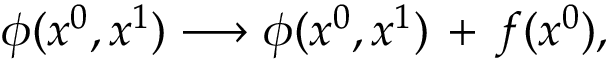
\phi ( x ^ { 0 } , x ^ { 1 } ) \longrightarrow \phi ( x ^ { 0 } , x ^ { 1 } ) \, + \, f ( x ^ { 0 } ) ,